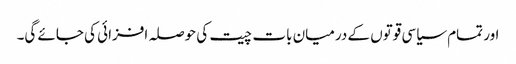
اور تمام سیاسی قوتوں کے درمیان بات چیت کی حوصلہ افزائی کی جائے گی۔